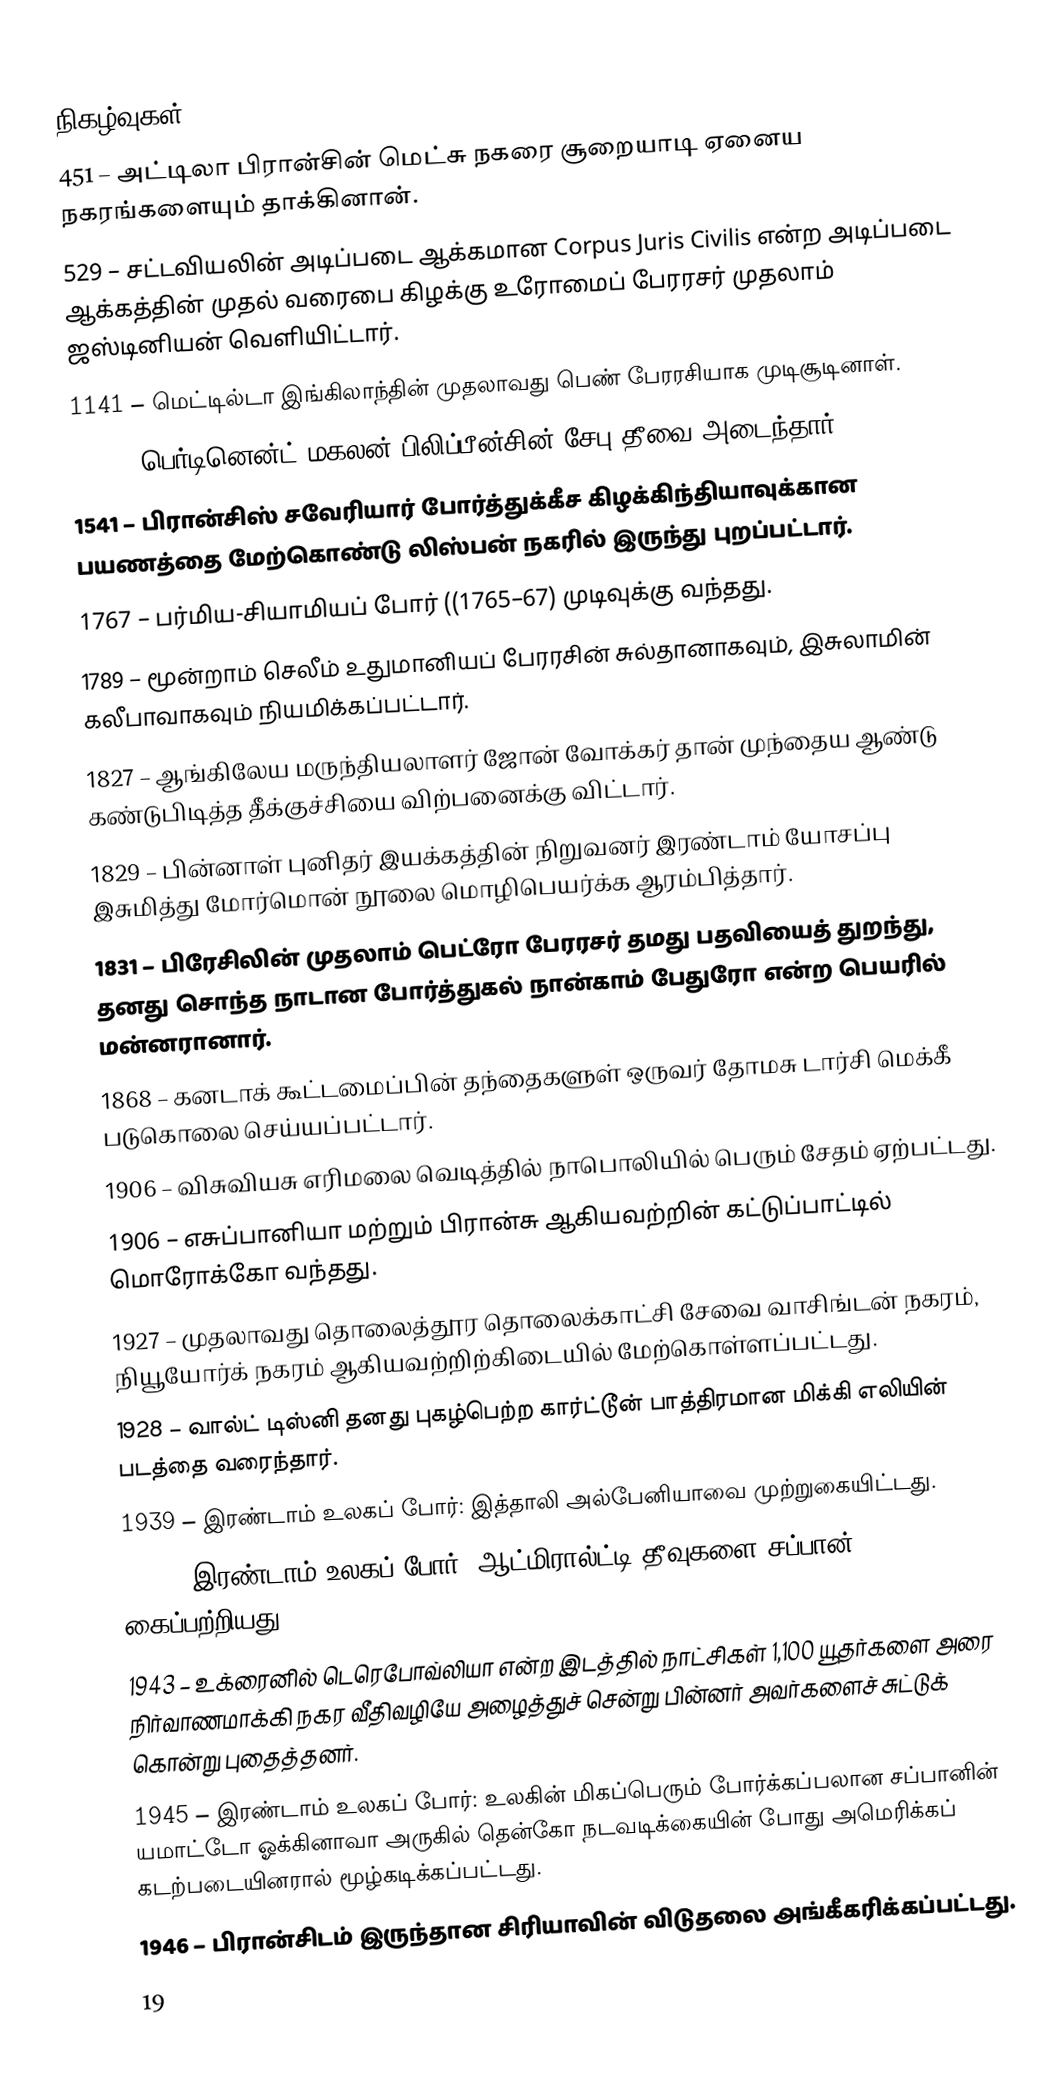

நிகழ்வுகள்
 451 – அட்டிலா பிரான்சின் மெட்சு நகரை சூறையாடி ஏனைய நகரங்களையும் தாக்கினான்.
 529 – சட்டவியலின் அடிப்படை ஆக்கமான Corpus Juris Civilis என்ற அடிப்படை ஆக்கத்தின் முதல் வரைபை கிழக்கு உரோமைப் பேரரசர் முதலாம் ஜஸ்டினியன் வெளியிட்டார்.
1141 – மெட்டில்டா இங்கிலாந்தின் முதலாவது பெண் பேரரசியாக முடிசூடினாள்.
1521 – பெர்டினென்ட் மகலன் பிலிப்பீன்சின் சேபு தீவை அடைந்தார்.
1541 – பிரான்சிஸ் சவேரியார் போர்த்துக்கீச கிழக்கிந்தியாவுக்கான பயணத்தை மேற்கொண்டு லிஸ்பன் நகரில் இருந்து புறப்பட்டார்.
1767 – பர்மிய-சியாமியப் போர் ((1765–67) முடிவுக்கு வந்தது.
1789 – மூன்றாம் செலீம் உதுமானியப் பேரரசின் சுல்தானாகவும், இசுலாமின் கலீபாவாகவும் நியமிக்கப்பட்டார்.
1827 – ஆங்கிலேய மருந்தியலாளர் ஜோன் வோக்கர் தான் முந்தைய ஆண்டு கண்டுபிடித்த தீக்குச்சியை விற்பனைக்கு விட்டார்.
1829 – பின்னாள் புனிதர் இயக்கத்தின் நிறுவனர் இரண்டாம் யோசப்பு இசுமித்து மோர்மொன் நூலை மொழிபெயர்க்க ஆரம்பித்தார்.
1831 – பிரேசிலின் முதலாம் பெட்ரோ பேரரசர் தமது பதவியைத் துறந்து, தனது சொந்த நாடான போர்த்துகல் நான்காம் பேதுரோ என்ற பெயரில் மன்னரானார்.
1868 – கனடாக் கூட்டமைப்பின் தந்தைகளுள் ஒருவர் தோமசு டார்சி மெக்கீ படுகொலை செய்யப்பட்டார்.
1906 – விசுவியசு எரிமலை வெடித்தில் நாபொலியில் பெரும் சேதம் ஏற்பட்டது.
1906 – எசுப்பானியா மற்றும் பிரான்சு ஆகியவற்றின் கட்டுப்பாட்டில் மொரோக்கோ வந்தது.
1927 – முதலாவது தொலைத்தூர தொலைக்காட்சி சேவை வாசிங்டன் நகரம், நியூயோர்க் நகரம் ஆகியவற்றிற்கிடையில் மேற்கொள்ளப்பட்டது.
1928 – வால்ட் டிஸ்னி தனது புகழ்பெற்ற கார்ட்டூன் பாத்திரமான மிக்கி எலியின் படத்தை வரைந்தார்.
1939 – இரண்டாம் உலகப் போர்: இத்தாலி அல்பேனியாவை முற்றுகையிட்டது.
1942 – இரண்டாம் உலகப் போர்: ஆட்மிரால்ட்டி தீவுகளை சப்பான் கைப்பற்றியது.
1943 – உக்ரைனில் டெரெபோவ்லியா என்ற இடத்தில் நாட்சிகள் 1,100 யூதர்களை அரை நிர்வாணமாக்கி நகர வீதிவழியே அழைத்துச் சென்று பின்னர் அவர்களைச் சுட்டுக் கொன்று புதைத்தனர்.
1945 – இரண்டாம் உலகப் போர்: உலகின் மிகப்பெரும் போர்க்கப்பலான சப்பானின் யமாட்டோ ஓக்கினாவா அருகில் தென்கோ நடவடிக்கையின் போது அமெரிக்கப் கடற்படையினரால் மூழ்கடிக்கப்பட்டது.
1946 – பிரான்சிடம் இருந்தான சிரியாவின் விடுதலை அங்கீகரிக்கப்பட்டது.
19